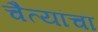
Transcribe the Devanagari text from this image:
चैत्यांचा